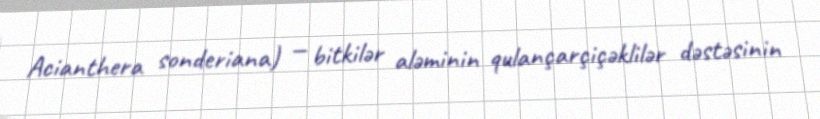
Acianthera sonderiana) — bitkilər aləminin qulançarçiçəklilər dəstəsinin